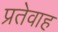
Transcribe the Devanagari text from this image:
प्रतेवाह